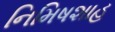
નિમિષશાહ